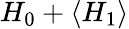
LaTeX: H_{0}+\langle H_{1}\rangle